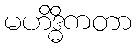
မဟိဒ္ဓိကတာ